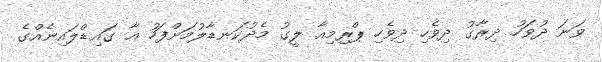
ވަނަ ދުވަހު ދިރާގު ދިވެހި ދިވެހި ޕްރިމިއާ ލީގު މެދުކަނޑާލުމަށްފަހު އާ ގައިޑްލައިނެއްގެ